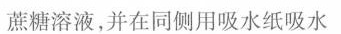
蔗糖溶液，并在同侧用吸水纸吸水